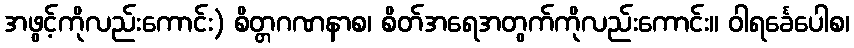
အဖွင့်ကိုလည်းကောင်း) စိတ္တဂဏနာစ၊ စိတ်အရေအတွက်ကိုလည်းကောင်း။ ဝါရင်္ခေပေါစ၊